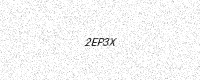
Text: 2EP3X